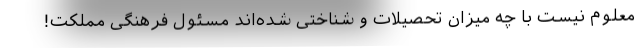
معلوم نیست با چه میزان تحصیلات و شناختی شده‌اند مسئول فرهنگی مملکت!